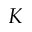
K